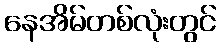
နေအိမ်တစ်လုံးတွင်